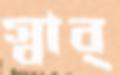
স্বার্